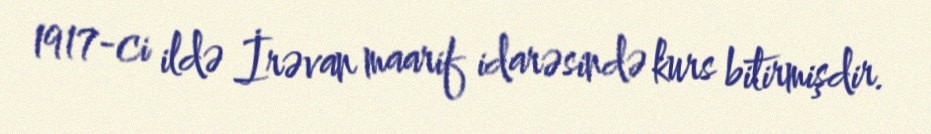
1917-ci ildə İrəvan maarif idarəsində kurs bitirmişdir.